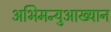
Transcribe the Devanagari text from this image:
अभिमन्युआख्यान